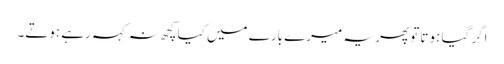
اگر گیا ہوتا تو پھر یہ میرے بارے میں کیا کچھ نہ کہہ رہے ہوتے۔